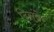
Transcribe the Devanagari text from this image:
दिसंबेर